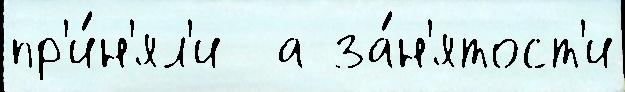
пр'и́н'ял'и  а за́н'ятост'и